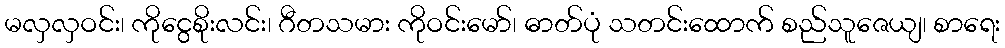
မလှလှဝင်း၊ ကိုငွေစိုးလင်း၊ ဂီတသမား ကိုဝင်းမော်၊ ဓာတ်ပုံ သတင်းထောက် စည်သူဇေယျ၊ စာရေး